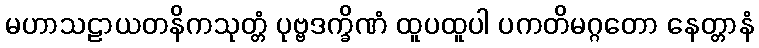
မဟာသဠာယတနိကသုတ္တံ ပုဗ္ဗဒက္ခိဏံ ထူပထူပါ ပကတိမဂ္ဂတော နေတ္တာနံ